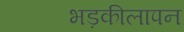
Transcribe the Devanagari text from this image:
भड़कीलापन